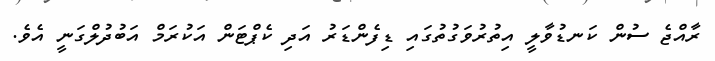
ރާއްޖެ ސުން ކަނޑުވާލީ އިތުރުވަގުތުގައި ޑިފެންޑަރު އަދި ކެޕްޓަން އަކުރަމް އަބުދުލްގަނީ އެވެ.